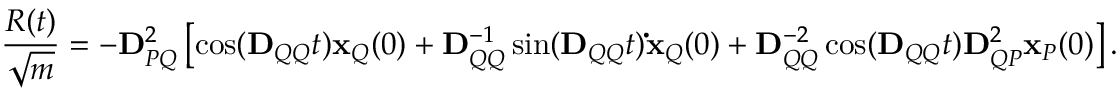
\frac { R ( t ) } { \sqrt { m } } = - \mathbf { D } _ { P Q } ^ { 2 } \left[ \cos ( \mathbf { D } _ { Q Q } t ) \mathbf { x } _ { Q } ( 0 ) + \mathbf { D } _ { Q Q } ^ { - 1 } \sin ( \mathbf { D } _ { Q Q } t ) \mathbf { \dot { x } } _ { Q } ( 0 ) + \mathbf { D } _ { Q Q } ^ { - 2 } \cos ( \mathbf { D } _ { Q Q } t ) \mathbf { D } _ { Q P } ^ { 2 } \mathbf { x } _ { P } ( 0 ) \right] .